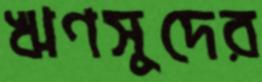
ঋণসুদের